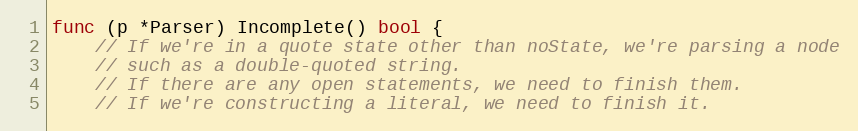
Language: Go
func (p *Parser) Incomplete() bool {
	// If we're in a quote state other than noState, we're parsing a node
	// such as a double-quoted string.
	// If there are any open statements, we need to finish them.
	// If we're constructing a literal, we need to finish it.